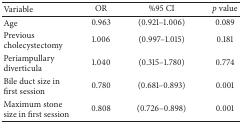
| Variable | OR | %95 CI | p value |
 | --- | --- | --- | --- |
 | Age | 0.963 | (0.921–1.006) | 0.089 |
 | Previous cholecystectomy | 1.006 | (0.997–1.015) | 0.181 |
 | Periampullary diverticula | 1.040 | (0.315–1.780) | 0.774 |
 | Bile duct size in first session | 0.780 | (0.681–0.893) | 0.001 |
 | Maximum stone size in first session | 0.808 | (0.726–0.898) | 0.001 |